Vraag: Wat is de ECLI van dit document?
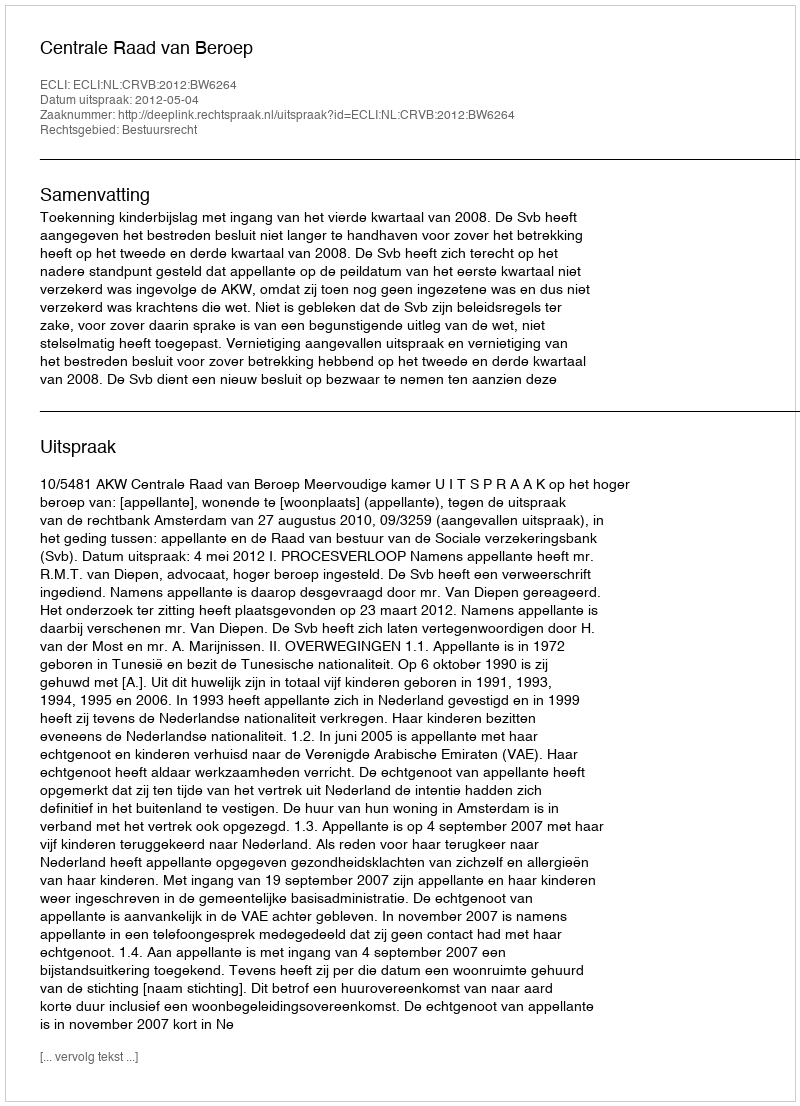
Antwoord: ECLI:NL:CRVB:2012:BW6264